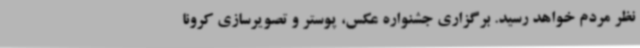
نظر مردم خواهد رسید. برگزاری جشنواره عکس، پوستر و تصویرسازی کرونا